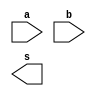
module ShiftRight(input [15:0] a, b, output [15:0] s);
	assign res = a >> b;
endmodule